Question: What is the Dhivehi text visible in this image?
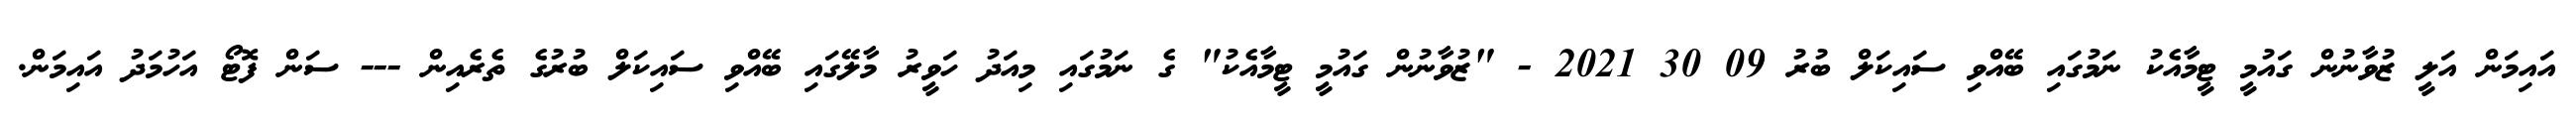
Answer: އައިމަން އަލީ ޒުވާނުން ގައުމީ ޓީމާއެކު ނަމުގައި ބޭއްވި ސައިކަލް ބުރު 09 30 2021 - "ޒުވާނުން ގައުމީ ޓީމާއެކު" ގެ ނަމުގައި މިއަދު ހަވީރު މާލޭގައި ބޭއްވި ސައިކަލް ބުރުގެ ތެރެއިން --- ސަން ފޮޓޯ އަހުމަދު އައިމަން.